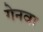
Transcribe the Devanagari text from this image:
गेनवा